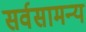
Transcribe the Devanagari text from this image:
सर्वसामन्य